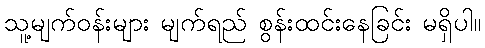
သူ့မျက်ဝန်းများ မျက်ရည် စွန်းထင်းနေခြင်း မရှိပါ။